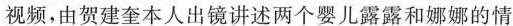
视频，由贺建奎本人出镜讲述两个婴儿露露和娜娜的情